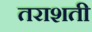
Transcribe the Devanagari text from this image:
तराशती